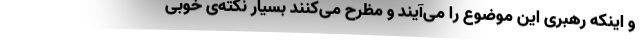
و اینکه رهبری این موضوع را می‌آیند و مظرح می‌کنند بسیار نکته‌ی خوبی